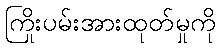
ကြိုးပမ်းအားထုတ်မှုကို